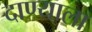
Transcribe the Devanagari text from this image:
दाण्याला